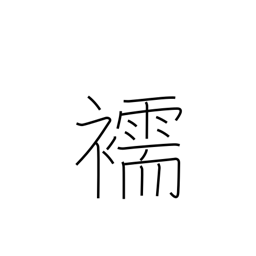
Meaning: underwear